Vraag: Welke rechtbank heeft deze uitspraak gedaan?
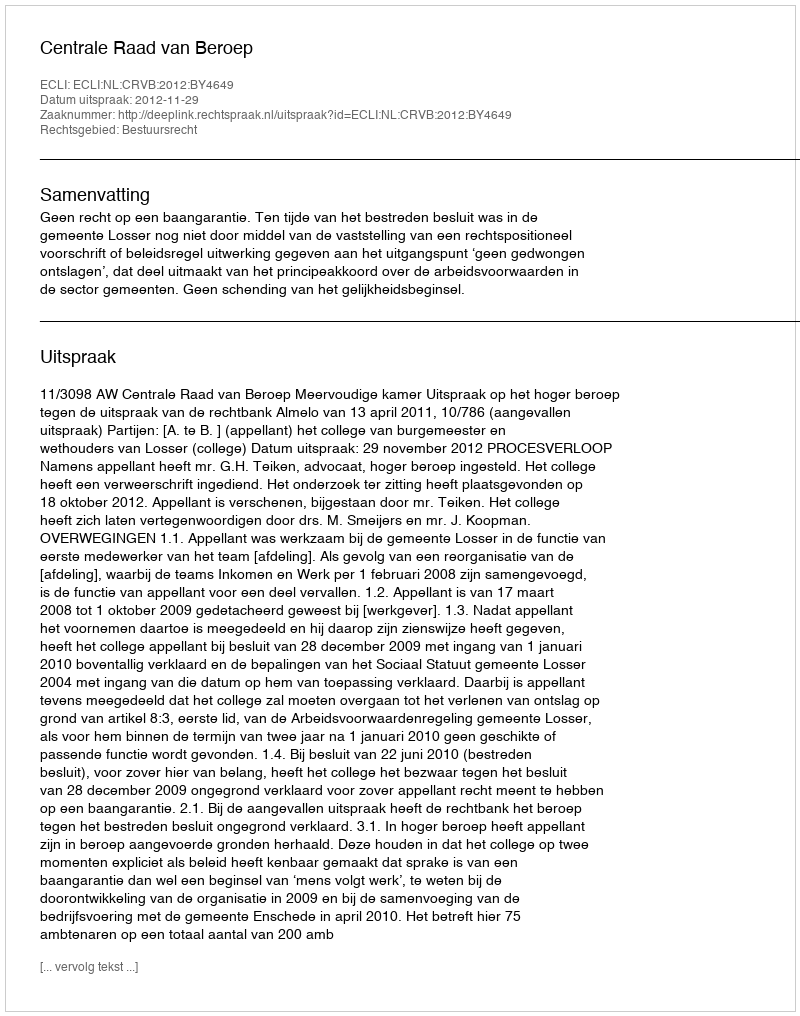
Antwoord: Centrale Raad van Beroep